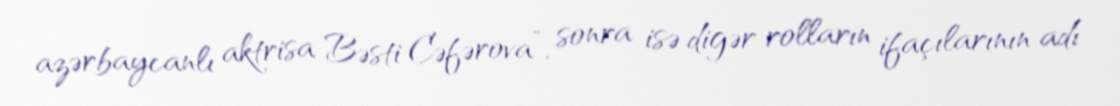
azərbaycanlı aktrisa Bəsti Cəfərova”, sonra isə digər rolların ifaçılarının adı